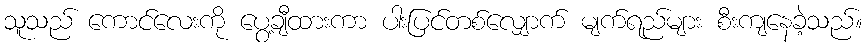
သူသည် ကောင်လေးကို ပွေ့ချီထားကာ ပါးပြင်တစ်လျှောက် မျက်ရည်များ စီးကျနေခဲ့သည်။